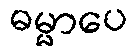
ဓမ္မာပေ